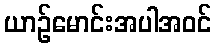
ယာဉ်မောင်းအပါအဝင်